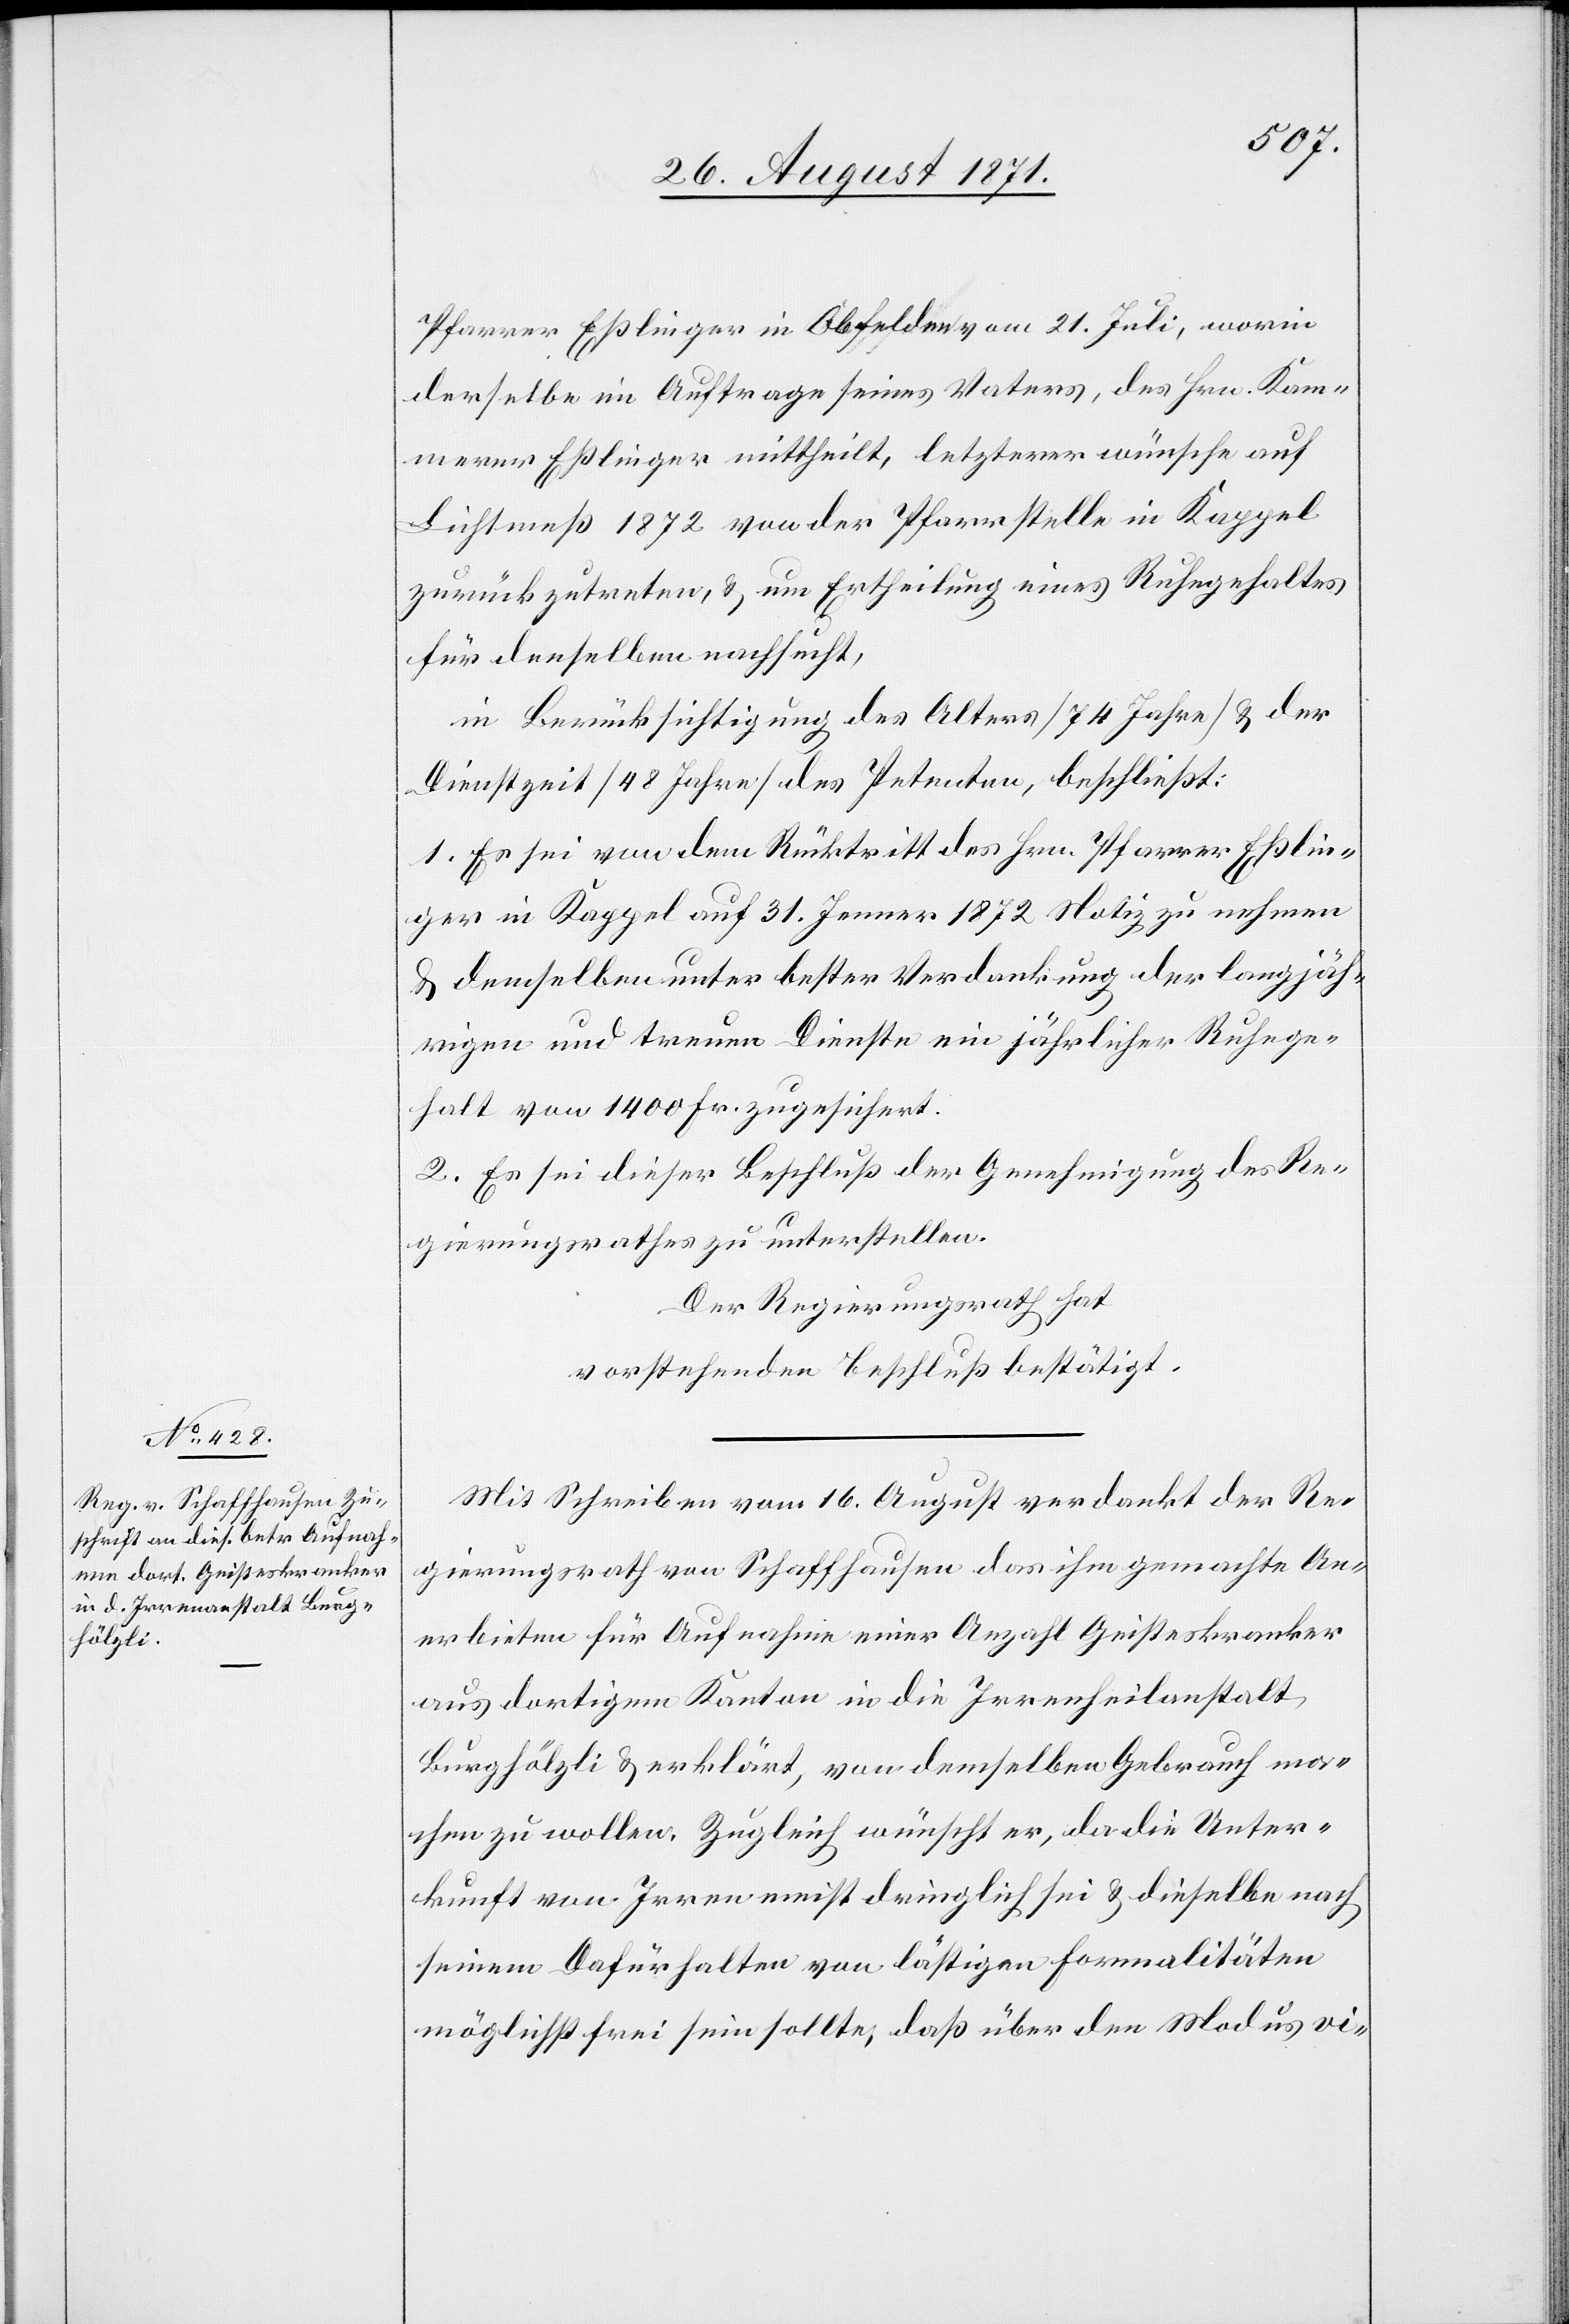
Pfarrer Eßlinger in Obfelden vom 21. Juli, worin
derselbe im Auftrage seines Vaters, des Hrn. Kam¬
merer Eßlinger mittheilt, letzterer wünsche auf
Lichtmeß 1872 von der Pfarrstelle in Kappel
zurückzutreten, & um Ertheilung eines Ruhegehaltes
für denselben nachsucht,
in Berücksichtigung des Alters [74 Jahre] & der
Dienstzteit [48 Jahre] des Petenten, beschließt:
1. Es sei von dem Rücktritt des Hrn. Pfarrer Esslin¬
ger in Kappel auf 31. Januar 1872 Notiz zu nehmen
& demselben unter bester Verdankung der langjäh¬
rigen und treuen Diensten ein jährliches Ruhege¬
halt von 1400 Fr. zugesichert.
2. Es sei dieser Beschluß der Genehmigung des Re¬
gierungrathes zu unterstellen.
Der Regierungsrath hat
vorstehenden Beschluß bestätigt.
Mit Schreiben vom 16. August verdankt der Re¬
gierungsrath von Schaffhausen das ihm gemachte An¬
erbieten für Aufnahme einer Anzahl Geisteskranker
aus dortigem Kanton in die Irrenheilanstalt
Burghölzli & erklärt, von demselben Gebrauch ma¬
chen zu wollen. Zugleich wünscht er, da die Unter¬
kunft von Irren meist dringlich sei & dieselben nach
seinem Dafürhalten von lästigen Formalitäten
möglichst frei sein sollte; daß über den Modus vi-